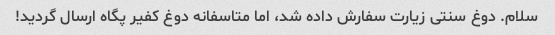
سلام. دوغ سنتی زیارت سفارش داده شد، اما متاسفانه دوغ کفیر پگاه ارسال گردید!